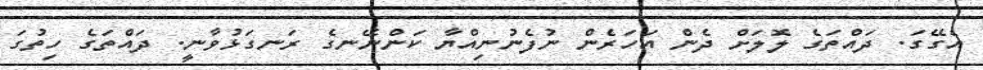
އެގޭގަ. ދައްތަގެ ލޮލަށް ދެން އަހަރެން ނުފެނުނިއްޔާ ކަންނޭނގެ ރަނގަޅުވާނީ. ދައްތަގެ ހިތުގަ